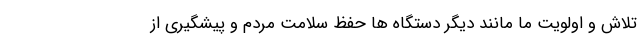
تلاش و اولویت ما مانند دیگر دستگاه ها حفظ سلامت مردم و پیشگیری از